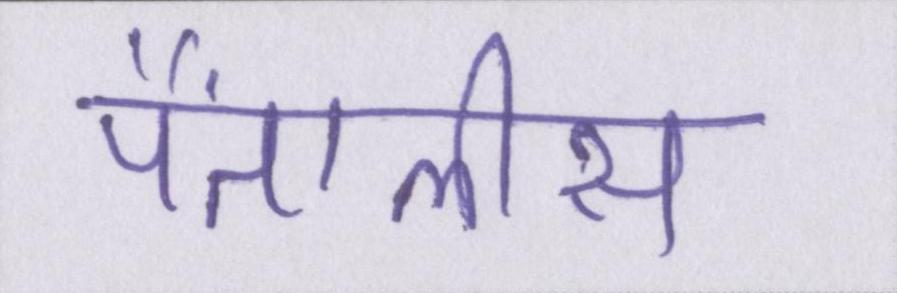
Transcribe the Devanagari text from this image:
पैंतालीस